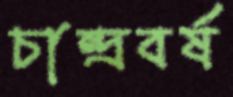
চান্দ্রবর্ষ